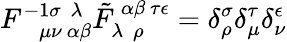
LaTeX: F_{~~~~\mu\nu~\alpha\beta}^{-1\sigma~~\lambda}\tilde{F}_{\lambda~~\rho}^{~\alpha\beta~\tau\epsilon}=\delta_{\rho}^{\sigma}\delta_{\mu}^{\tau}\delta_{\nu}^{\epsilon}